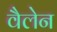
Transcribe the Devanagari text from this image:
वैलेन